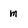
Character: m